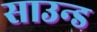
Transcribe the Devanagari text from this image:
साउन्‍ड